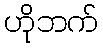
ဟိုဘက်